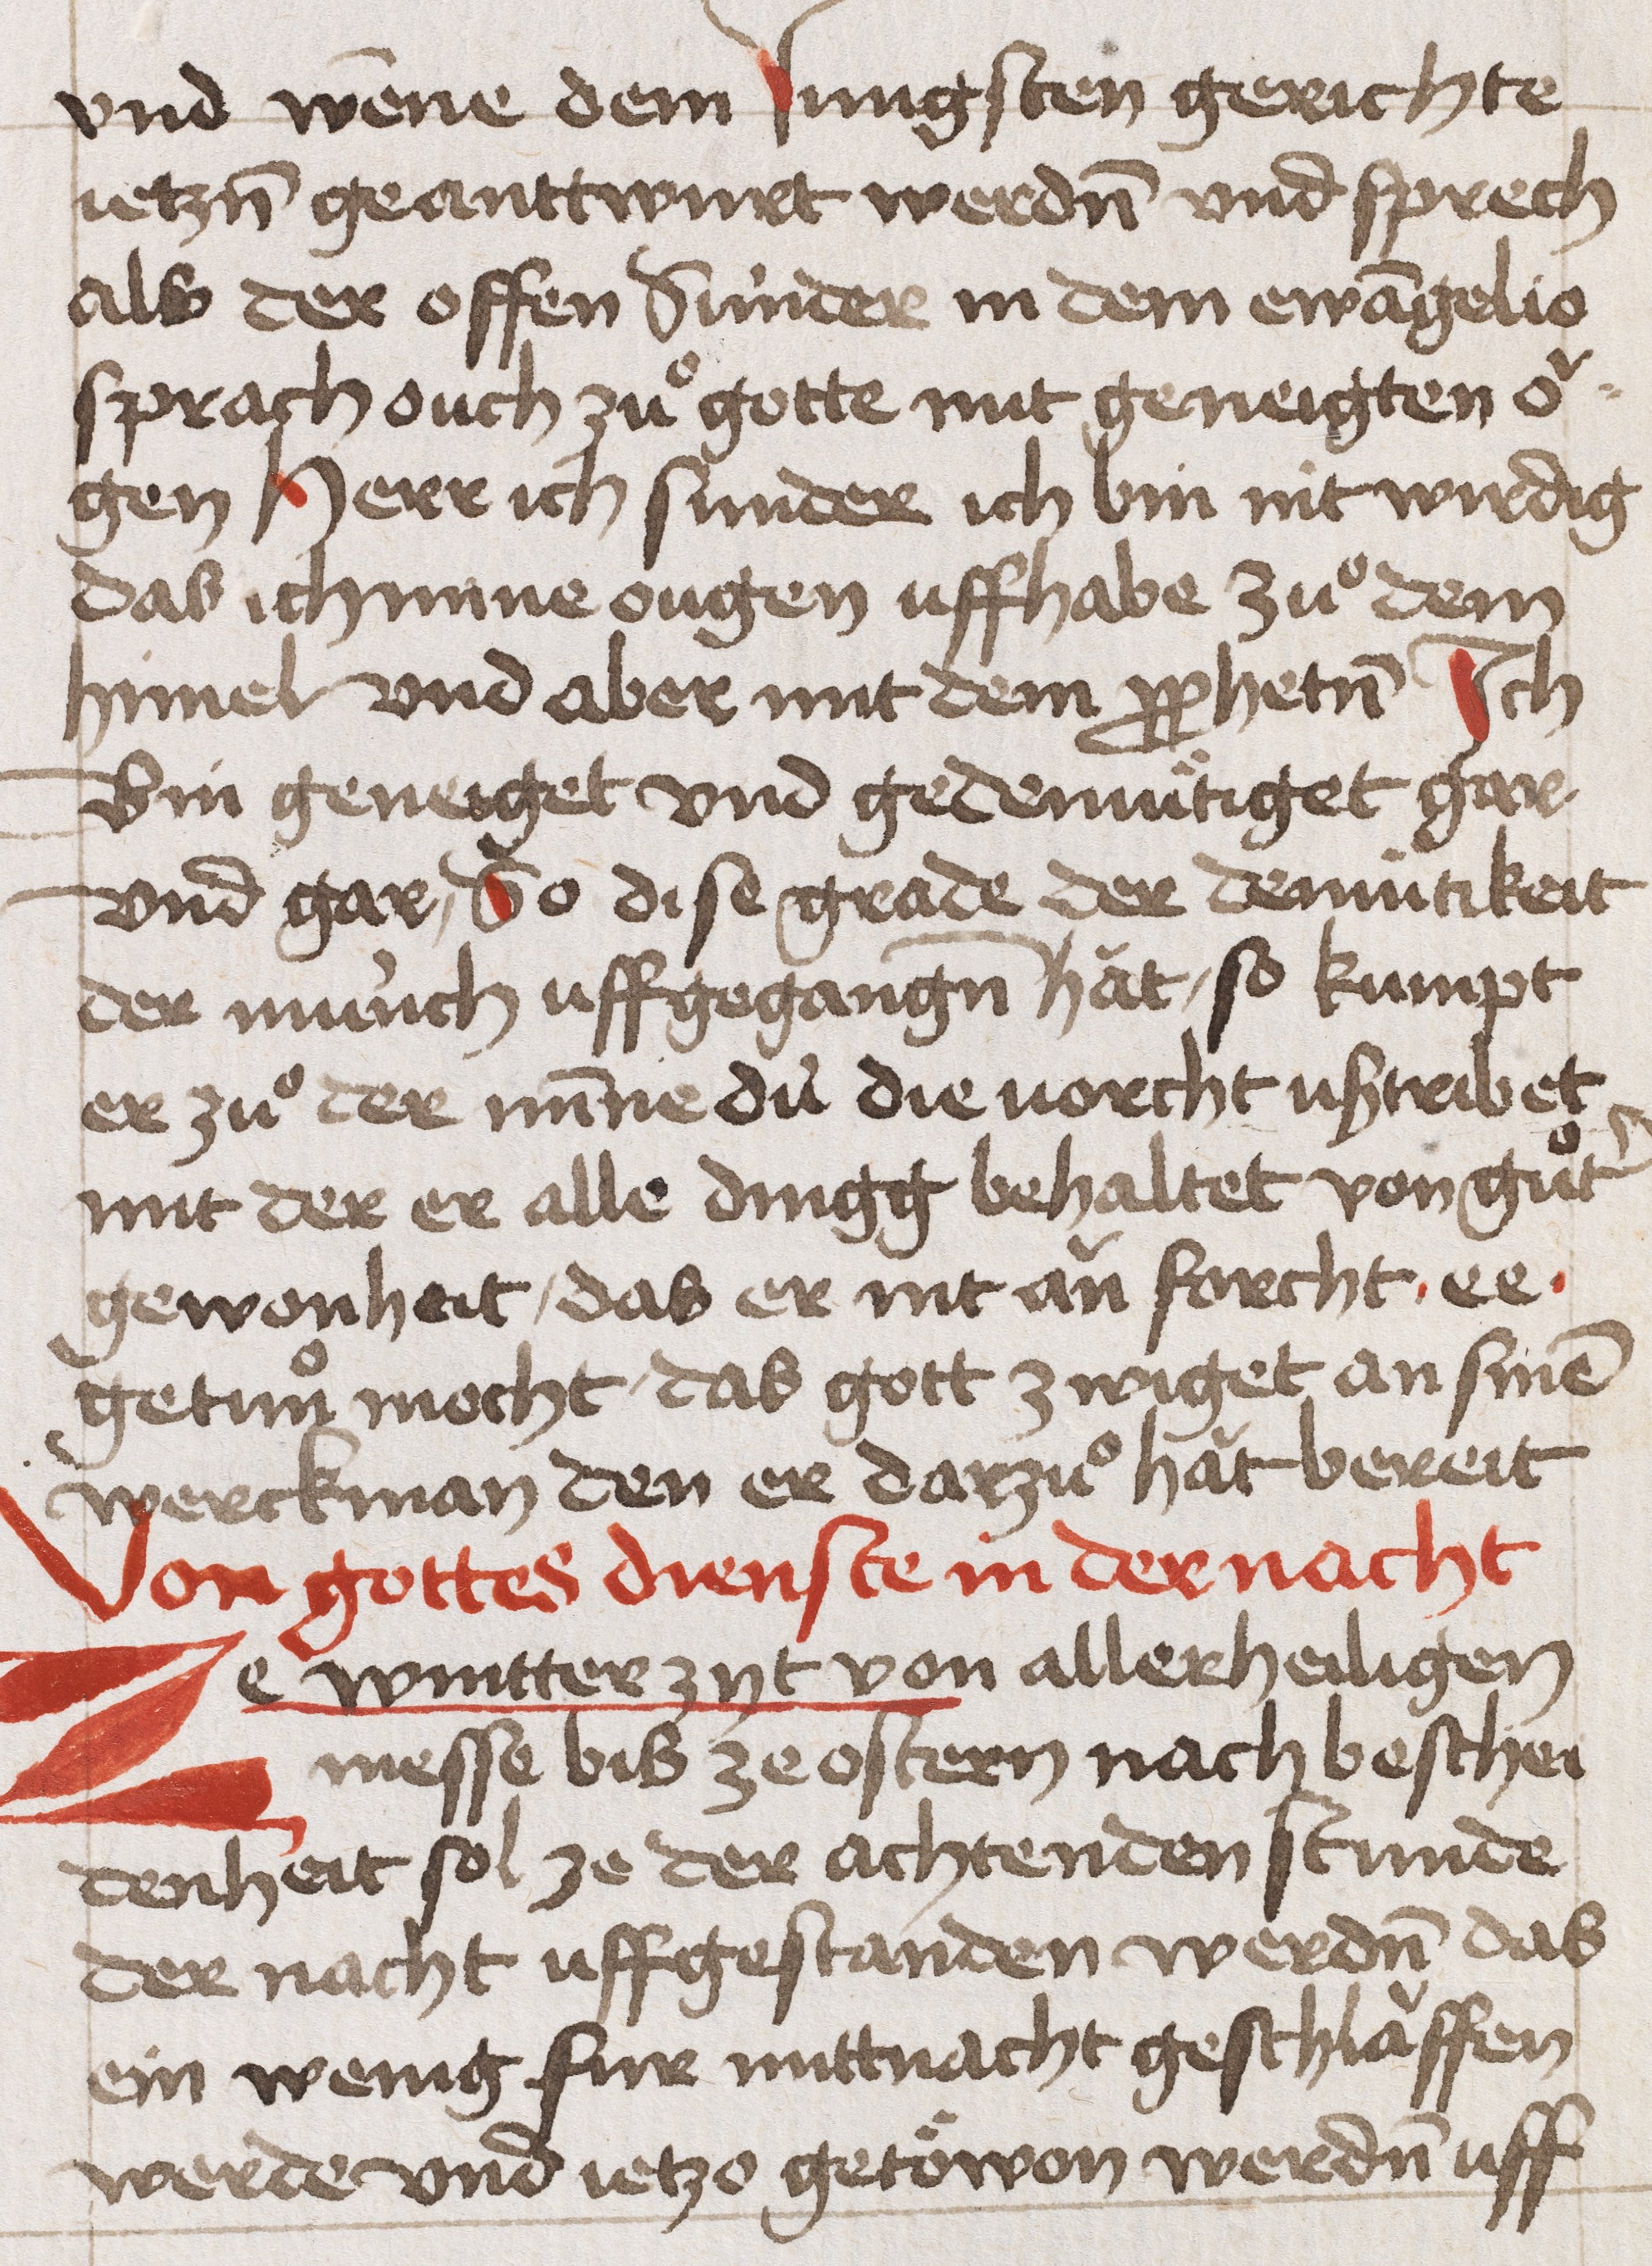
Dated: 1400–1499